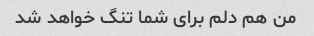
من هم دلم برای شما تنگ خواهد شد